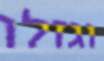
וגזלו